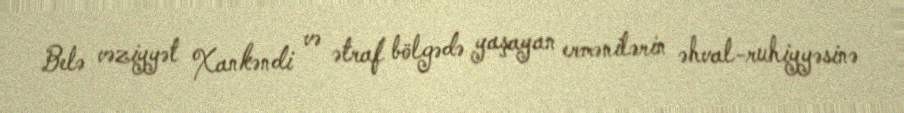
Belə vəziyyət Xankəndi və ətraf bölgədə yaşayan ermənilərin əhval-ruhiyyəsinə